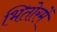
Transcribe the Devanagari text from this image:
भितोरमें